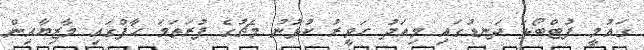
ގައުމީ ފުޓްބޯޅަ ދަނޑުގައި މިއަދު ހަވީރު ކުޅުނު މެޗުގެ ފުރަތަމަ ހާފްގައި މާޒިޔާއިން